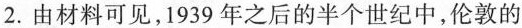
2.由材料可见，1939年之后的半个世纪中，伦敦的